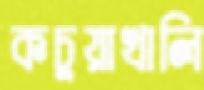
কচুয়াখালি